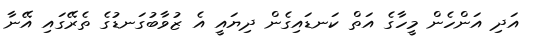
އަދި އަންހެން މީހާގެ އަތް ކަނޑައިގެން ދިޔައީ އެ ޒުވާބުގަނޑުގެ ތެރޭގައި އޭނާ